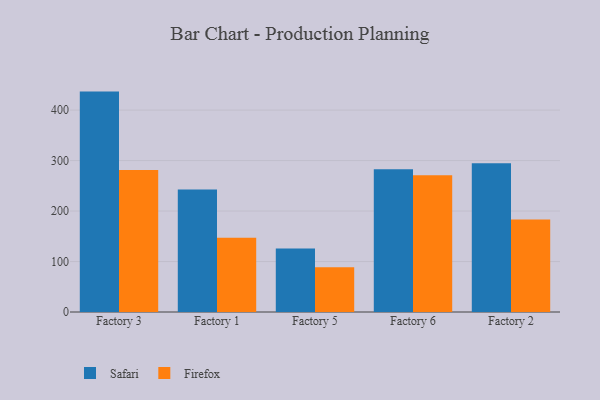
{"axis": {"x": "Factory", "y": "Inventory Turnover"}, "legend": ["Firefox", "Safari"], "data": [{"x": "Factory 3", "y": 436.6, "type": "Safari"}, {"x": "Factory 3", "y": 281.5, "type": "Firefox"}, {"x": "Factory 1", "y": 242.8, "type": "Safari"}, {"x": "Factory 1", "y": 147.3, "type": "Firefox"}, {"x": "Factory 5", "y": 125.9, "type": "Safari"}, {"x": "Factory 5", "y": 88.7, "type": "Firefox"}, {"x": "Factory 6", "y": 283.0, "type": "Safari"}, {"x": "Factory 6", "y": 270.7, "type": "Firefox"}, {"x": "Factory 2", "y": 294.9, "type": "Safari"}, {"x": "Factory 2", "y": 183.3, "type": "Firefox"}]}